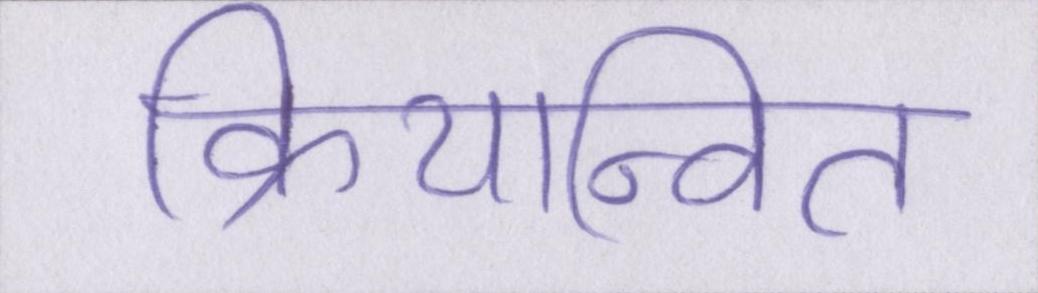
क्रियान्वित